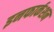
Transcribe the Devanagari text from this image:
इनफार्कशन